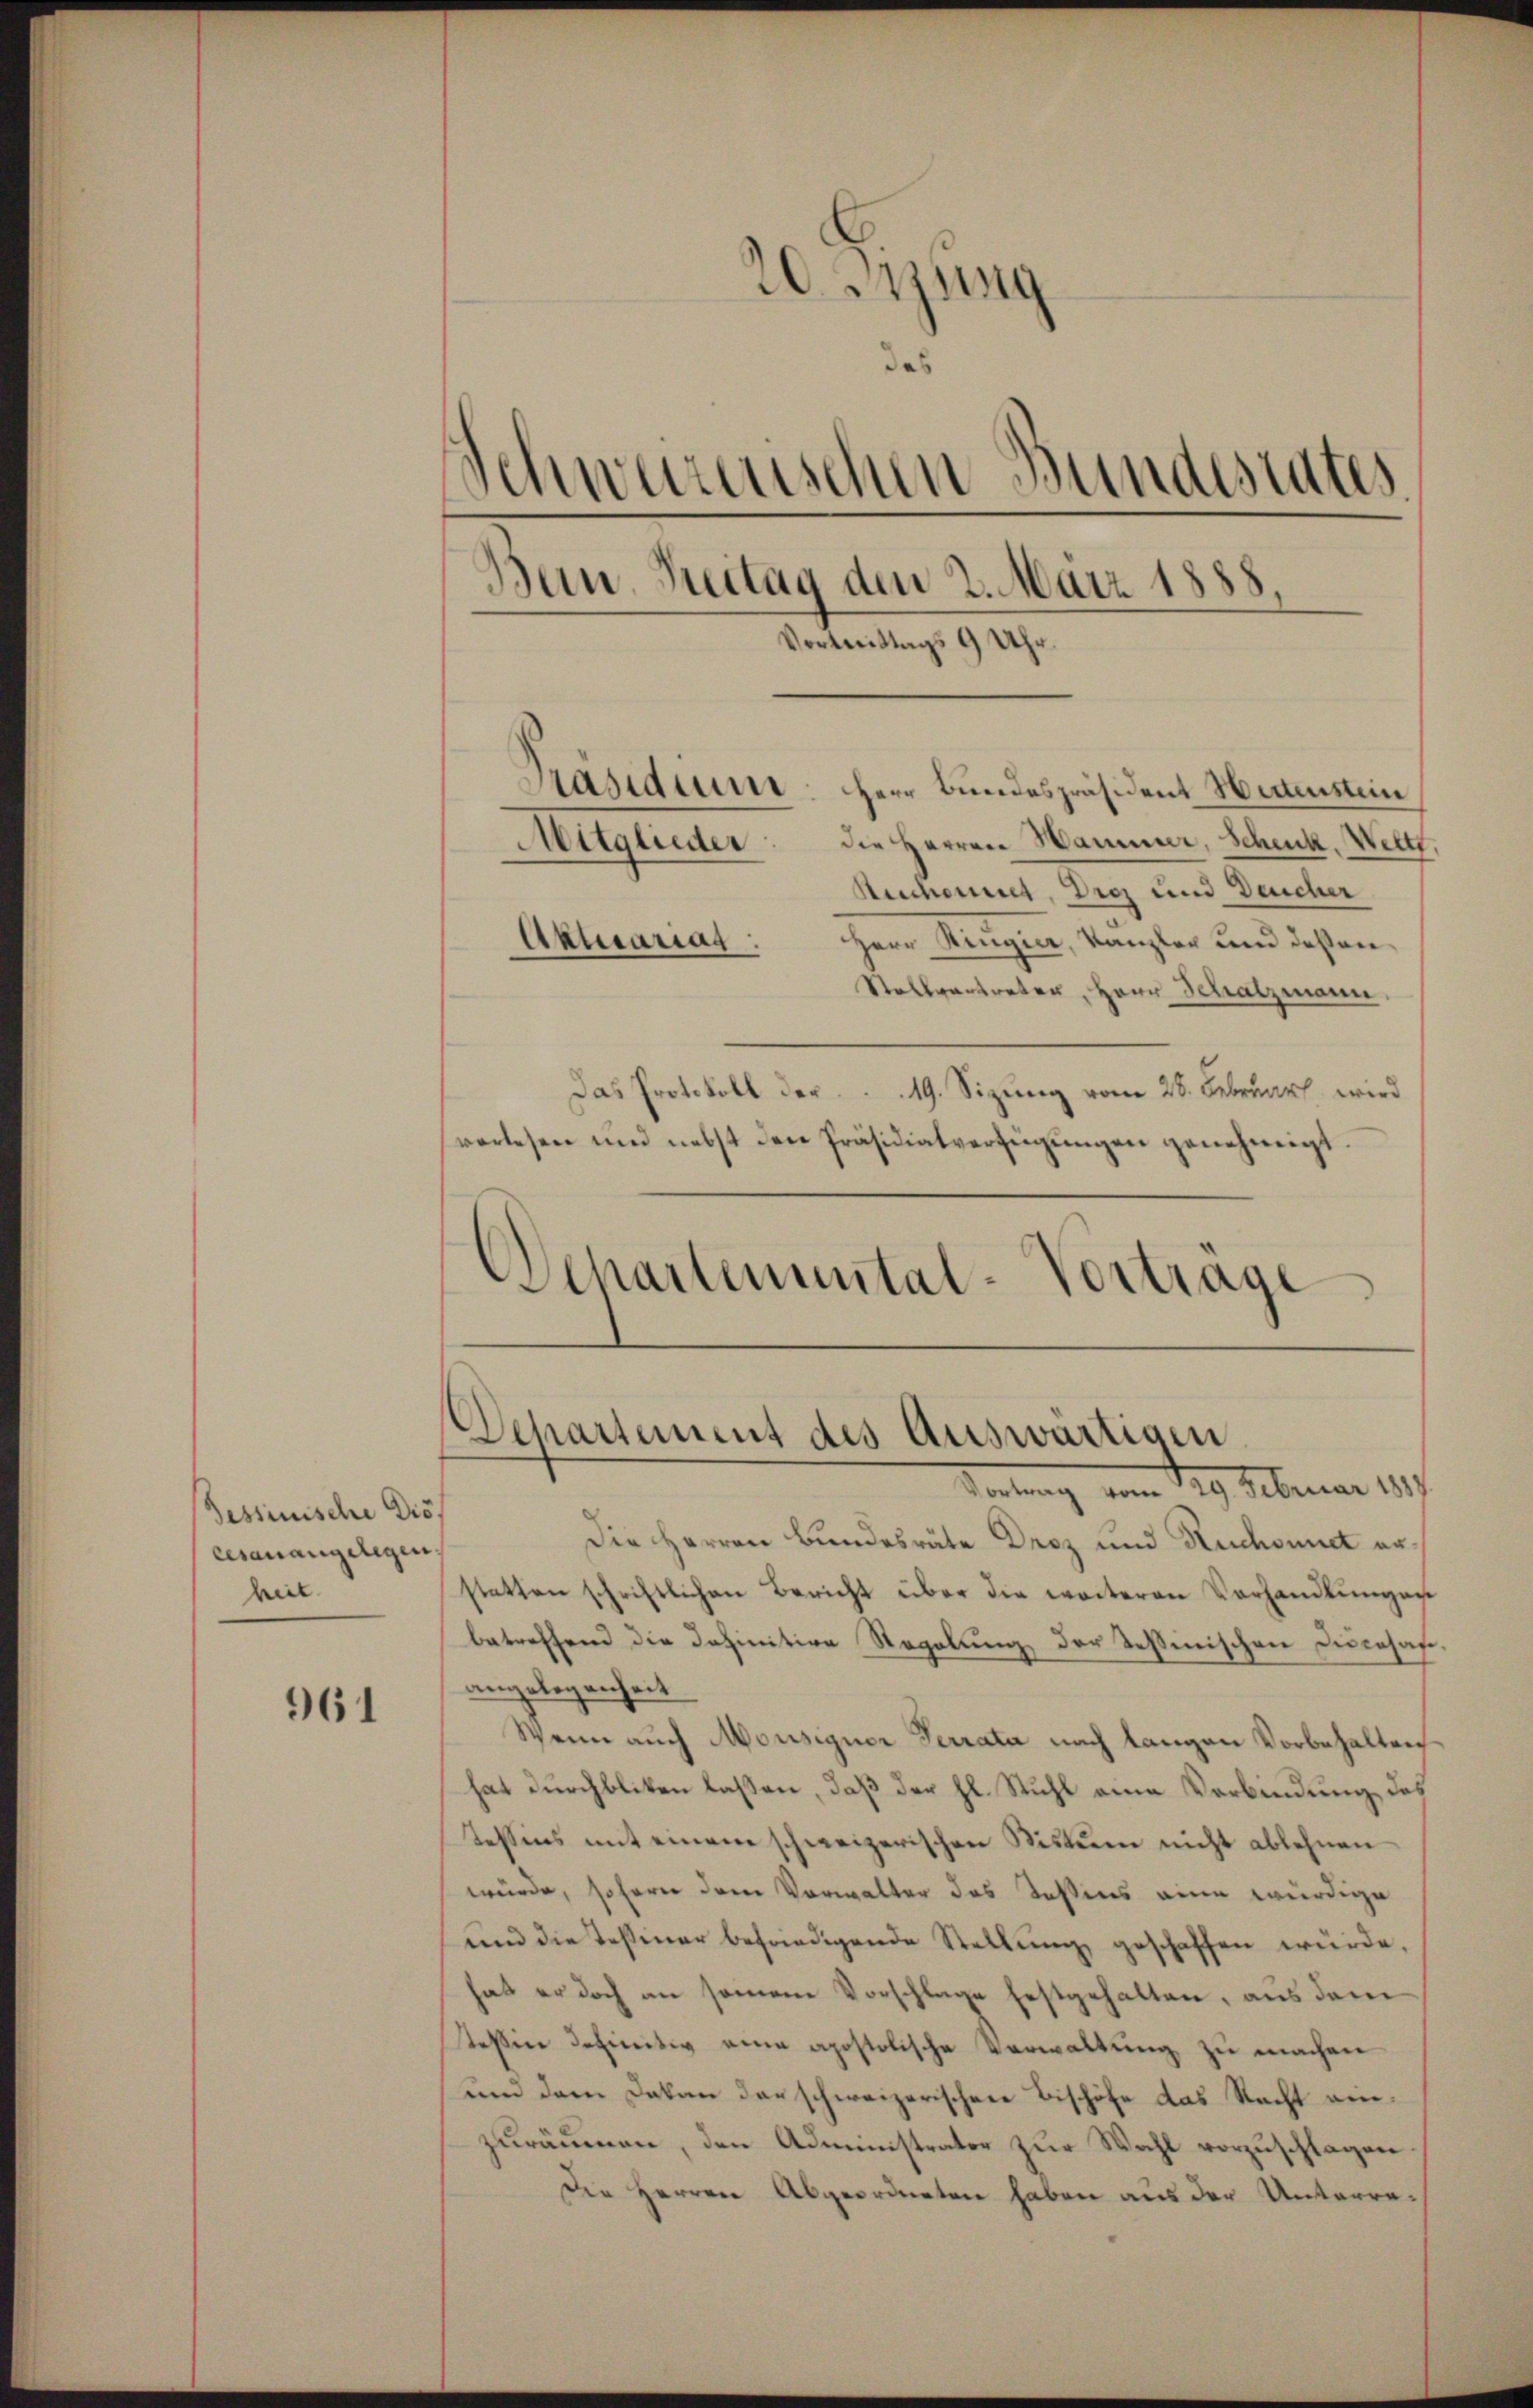
dessinische Dis.
cesanangelegen.
heit

961

Stallvertreter, Herr Schatzmann,
Das Protokoll der 19. Sizung vom 28. Februar wird
vorlesen und nebst den Präsidialverfügŭngen genehmigt.
Separtemental-Vortrage

20 Jung
das
Schweizerischen Bundestates
Bern Reitag den 2. März 1888,
Vortrittags 9 Uhr.
Präsidiumt: Herr Bundespräsident Heitenstein
Mitglieder: die Herren Hammer, Schenk Weltt,
Reiheit, Droz und Deucher
Herr Ringier, Kanzler und deßen
Aktuarial

Die Herren Bundesräte Droz und Ruchonnet erstatten schriftlichen Bericht über die weiteren Verhandlŭngen
betreffend die Definitive Regelung der Teßinischen Ducasaf
angelegenheit
Wenn auch Monsigner Terrata nach langen Vorbehalten
hat durchbliken lassen, daß der hl. Stuhl eine Verbindung des
Tessins mit einem schweizerischen Sistum nicht ablehnen
würde, sofern dem Vorwalter das Teßins eine würdige
und die Tessiner befriedigende Stellŭng geschaffen würde,
hat er doch an seinem Vorschlage festgehalten, aus dem
tessin definitiv eine apostolische Verwaltung zu machen
und dem Dekan der schweizerischen Bischöfe das Recht einzuräumen, den Administrator zur Wahl vorzuschlagen
Die Herren Abgeordneten haben aus der Unterra¬

Departement des Auswärtigen
Portung vom 129. Februar 189